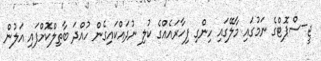
ޖީ-ސްޕޮޓްގެ ނަމުގައި މާލޭގައި ހިންގި ފިހާރައެއްގެ ކުލި ނުދައްކައިގެން ހުއްދަ ބާތިލްކޮށްފައި އަލުން